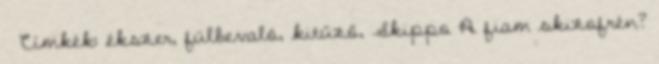
Címkék: ékszer, fülbevaló, kitűző, Skippo A fiam skizofrén?